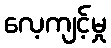
လေ့ကျင့်မှု